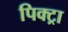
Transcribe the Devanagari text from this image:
पिक्ट्रा